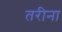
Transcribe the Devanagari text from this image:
तरीना